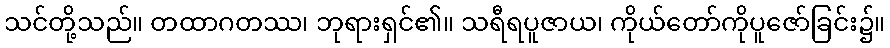
သင်တို့သည်။ တထာဂတဿ၊ ဘုရားရှင်၏။ သရီရပူဇာယ၊ ကိုယ်တော်ကိုပူဇော်ခြင်း၌။